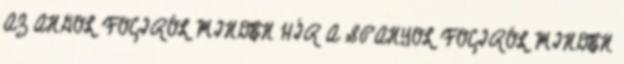
AZ ANGOL FOCIRÓL MINDEN HÍR A SPANYOL FOCIRÓL MINDEN